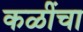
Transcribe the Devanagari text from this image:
कळींचा